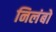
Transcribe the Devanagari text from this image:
निलंबो